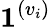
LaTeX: \mathbf{1}^{(v_{i})}